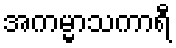
အကမ္မာသကာရီ